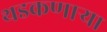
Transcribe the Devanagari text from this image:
थडकणार्‍या